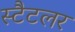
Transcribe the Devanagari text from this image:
स्टैटलर